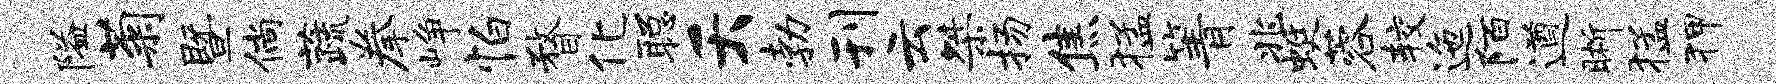
隘菊暨倘蔬拳峥怕瞀化聪夭勃刊云桀扬焦猛箐兆蜓蓉较迤陌遒晰猛狎